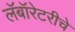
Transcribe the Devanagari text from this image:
लॅबॉरेटरीचे